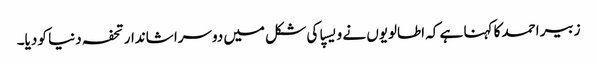
زبیر احمد کا کہنا ہے کہ اطالویوں نے ویسپا کی شکل میں دوسرا شاندار تحفہ دنیا کو دیا۔